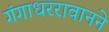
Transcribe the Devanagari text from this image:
गंगाधररावानने